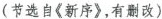
(节选自《新序》，有删改)